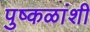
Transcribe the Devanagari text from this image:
पुष्कळांशी